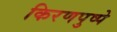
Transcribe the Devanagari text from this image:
किरणपुष्पे